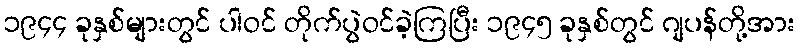
၁၉၄၄ ခုနှစ်များတွင် ပါဝင် တိုက်ပွဲဝင်ခဲ့ကြပြီး ၁၉၄၅ ခုနှစ်တွင် ဂျပန်တို့အား